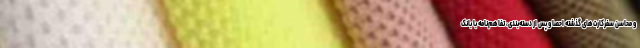
و محاسن سفرکارت‌های گذشته احصا و پس از دسته‌بندی، تفاهم‌نامه با بانک